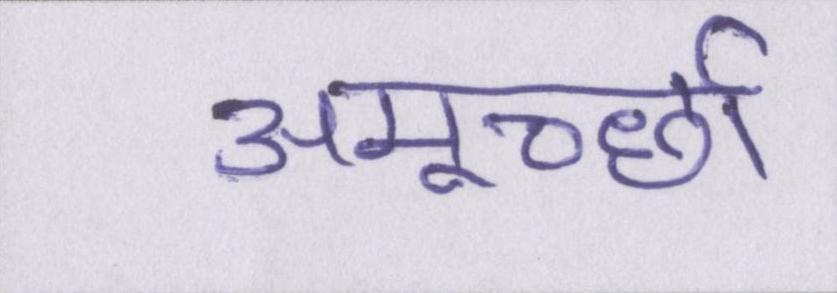
अमूर्च्छा